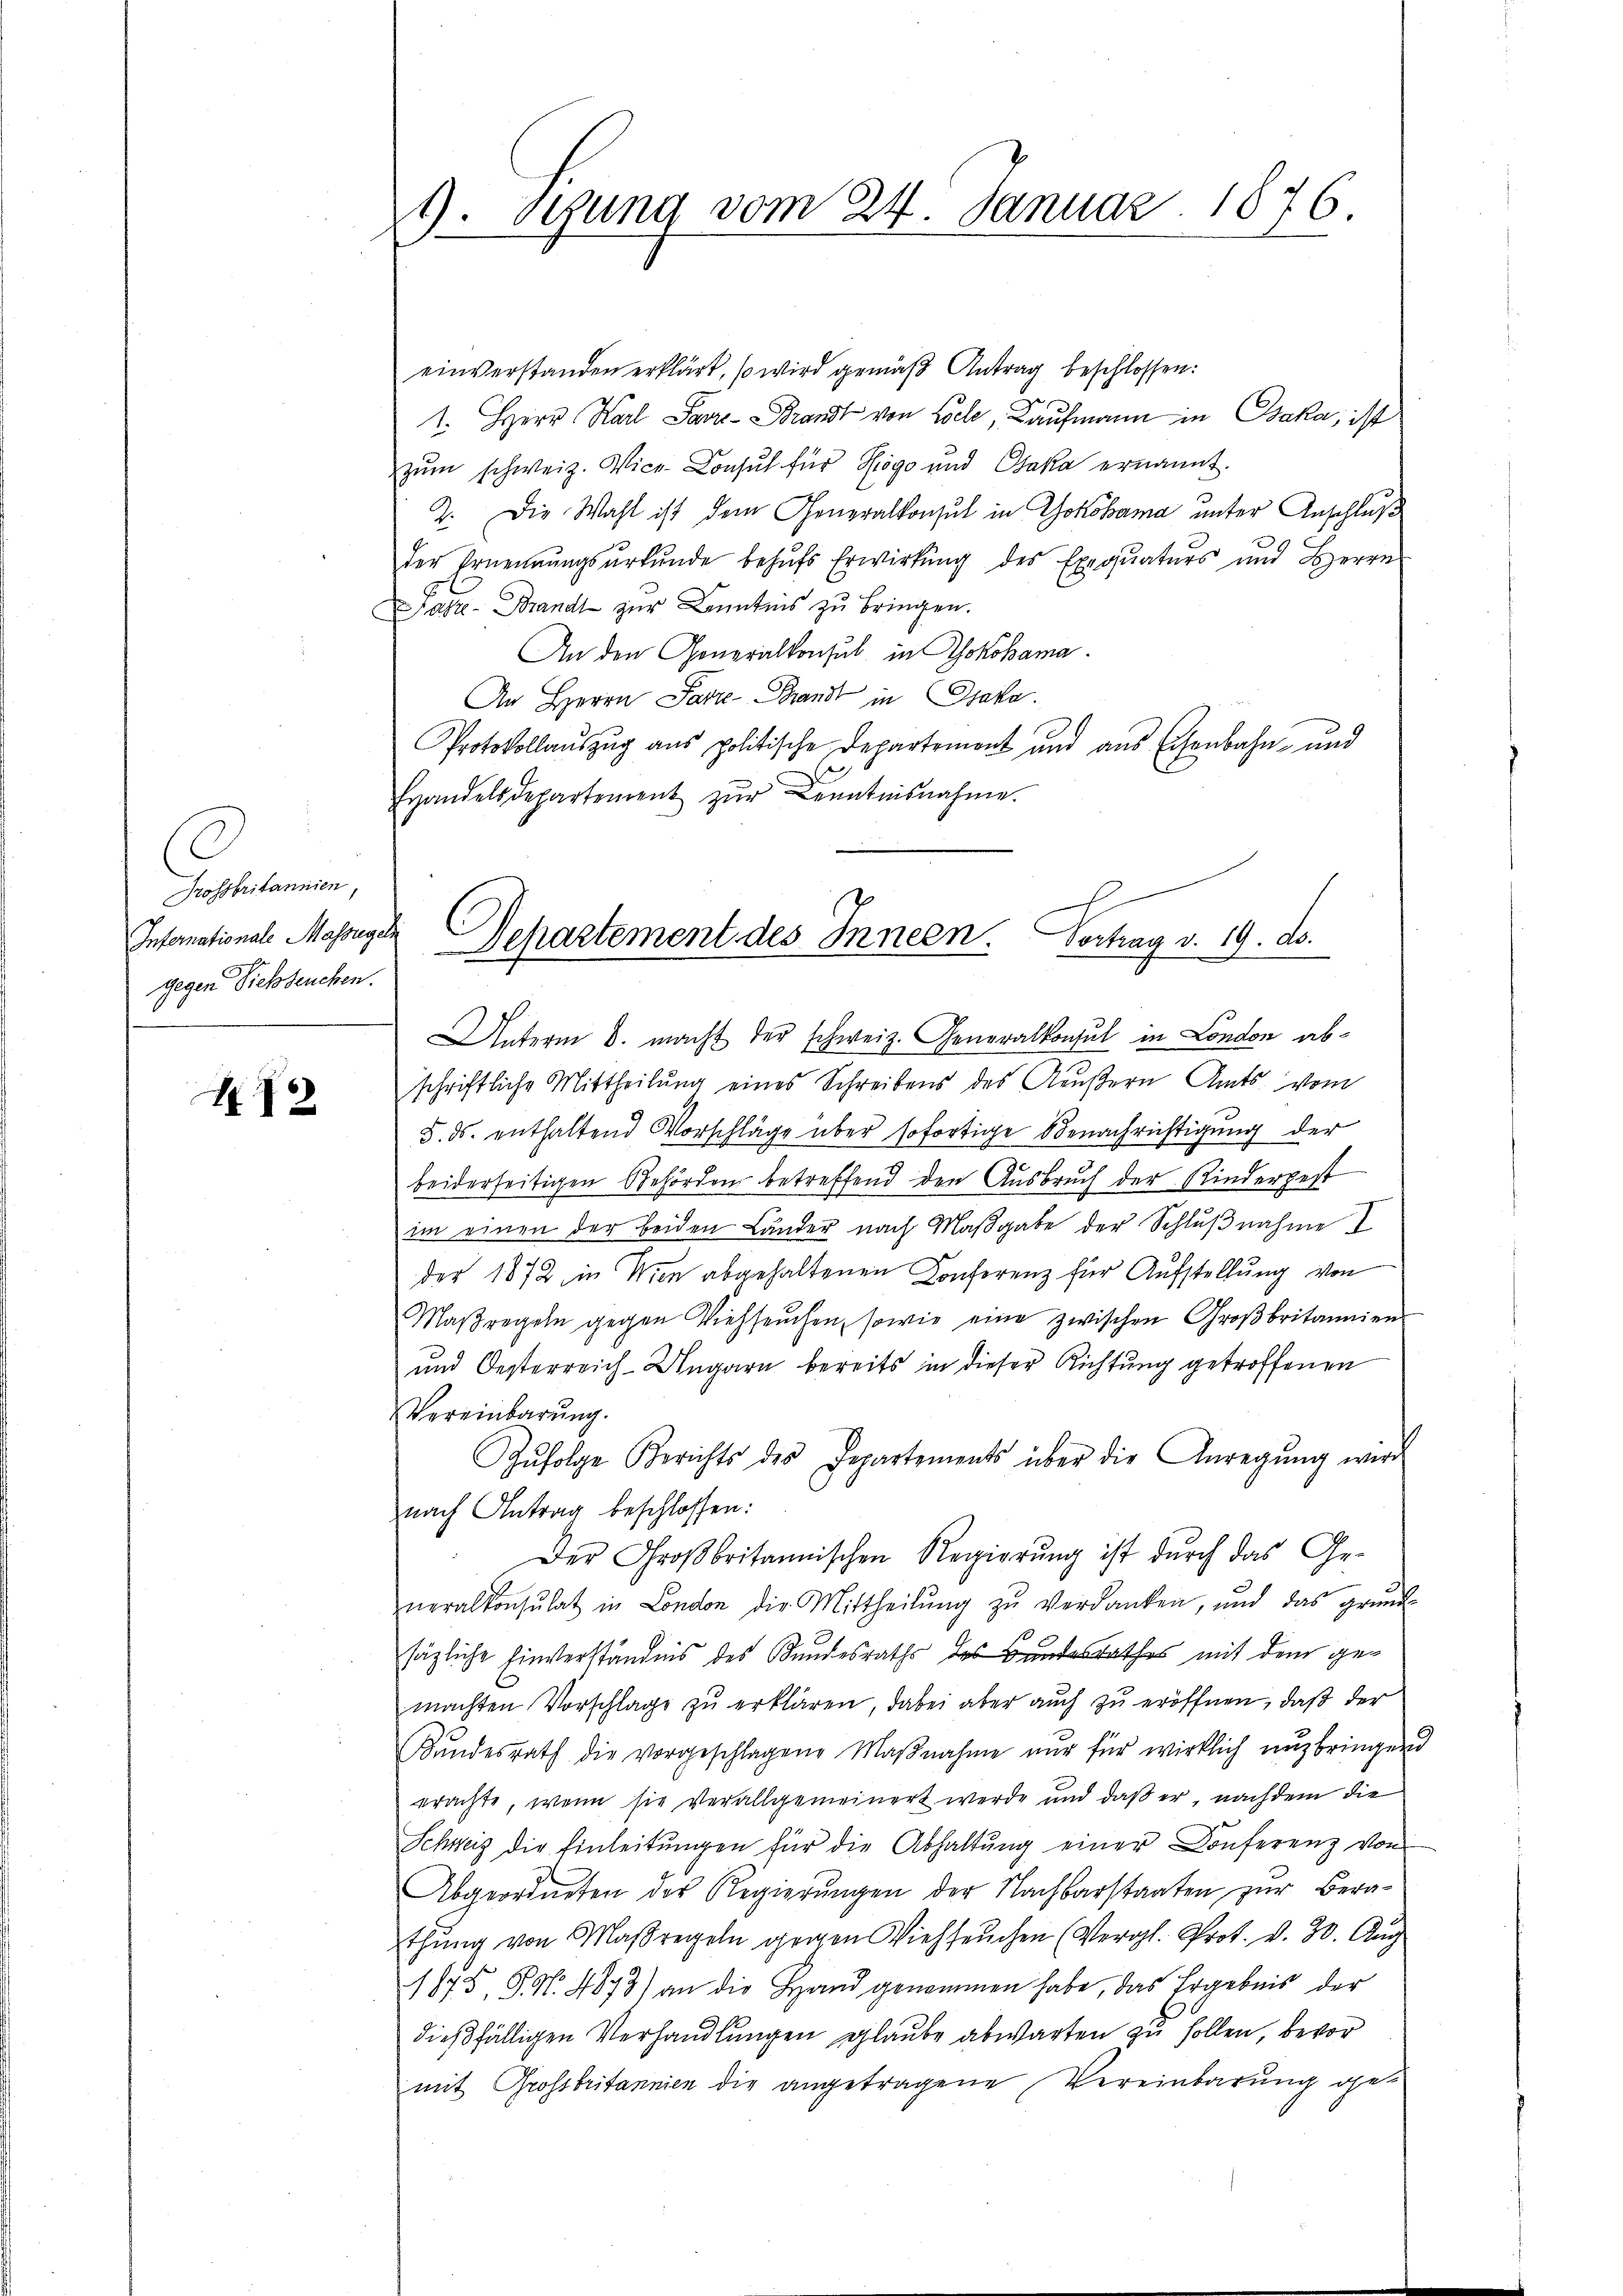
Grossbritannien,
Intomationale Massregel
gegen Siehseuchen.

H12

9.Sgung vom 24. Januar 1876.

einverstanden erklärt, so wird gemäß Antrag beschlossen:
1. Herr Karl Savre-Brandt von Loche Kaufmann in Paka, ist
zŭm schweiz. Vice-Consul für Rogo und Gaka ernannt.
2. Die Wahl ist dem Generalkonsul in Yokohama unter Anschluß
der Ernennŭngsŭrkŭnde behŭfs Erwirkŭng des Exequaturs und Herrn
jasze-Brandt zur Kenntnis zu bringen.
An den Generalkonsul in Yokohama
An Herrn Parze Brandt in Gsaka.
Protokollauszug aus politische Departement und aus Eisenbahn- und
Handelsdepartement zŭr Kenntnisnahme.
Unterm 8. macht der schweiz. Generalkonsul in London abschriftliche Mittheilung eines Schreibens des Aeußern Amts vom
5. ds. enthaltend Vorschläge über sofortige Benachrichtigung der
beiderseitigen Gehörden betreffend den Ausbruch der Kindergest
im einen der beiden Lander nach Maβgabe der Schlŭβnahme I
der 1872 in Wien abgehaltenen Konferenz für Aufstellung von
Maßregeln gegen Viehseuchen, sowie eine zwischen Groβbritannien-
und Oesterreich-Ungarn bereits in dieser Richtung getroffenen
Vereinbarŭng.
Zŭfolge Berichts des Departements über die Anregŭng wird
nach Antrag beschlossen:
Der Großbritannischen Regierŭng ist durch das Generalkonsulat in London die Mittheilŭng zŭ verdanken, und das grund-
sägliche Einverständnis des Bundesraths des Bundesrathes mit dem gemachten Vorschlage zu erklären, dabei aber auch zu eröffnen, daß der
Randesrath die vorgeschlagene Maβnahme nur für wirklich nuzbringend
prachte, wenn sie verallgemeinert werde und daß er, nachdem die
Schweiz die Einleitŭngen für die Abhaltŭng einer Conferenz von
Abgeordneten der Regierŭngen der Nachbarstaaten zŭr Bera-
thung von Maßregeln gegen Viehseuchen (Vergl. Prot. v. 30. Aug
1875, S. 4873) an die Hand genommen habe, das Ergebnis der
dießfälligen Verhandlungen glaube abwarten zu sollen, bevor
mit Grossbritannien die angetragene Vereinbarung ge¬

Departement des Innern. Vortrag v. 19. d.